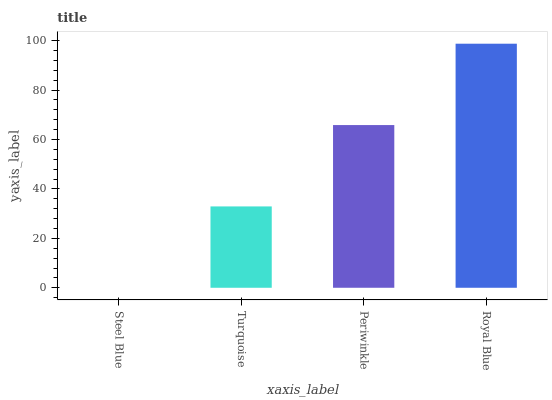
| xaxis_label | bars |
 | --- | --- |
 | Steel Blue | 0 |
 | Turquoise | 32.9 |
 | Periwinkle | 65.8 |
 | Royal Blue | 98.8 |